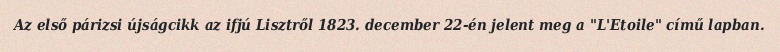
Az első párizsi újságcikk az ifjú Lisztről 1823. december 22-én jelent meg a "L'Etoile" című lapban.